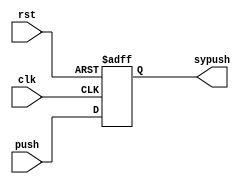
`timescale 1ns / 1ps
//////////////////////////////////////////////////////////////////////////////////
// Company: 
// Engineer: 
// 
// Design Name: 
// Module Name:    Synchronizer 
// Project Name: 
// Target Devices: 
// Tool versions: 
// Description: 
//
// Dependencies: 
//
// Revision: 
// Revision 0.01 - File Created
// Additional Comments: 
//
//////////////////////////////////////////////////////////////////////////////////
module Synchronizer(
    input push,
    input clk,
    input rst,
    output reg sypush
    );
	 
	//input push,clk,rst;
   //output sypush;
	
	
	always @(posedge clk or posedge rst)
	begin
	if(rst)sypush = 0;
	else sypush = push;
	
	end
	
endmodule